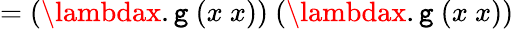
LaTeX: =(\lambdax.\mathtt{g}\ (x\ x))\ (\lambdax.\mathtt{g}\ (x\ x))